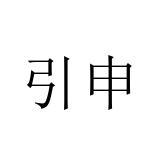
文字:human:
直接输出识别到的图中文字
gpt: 引申